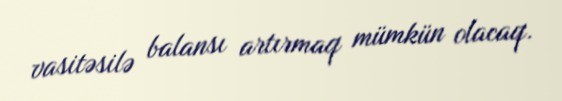
vasitəsilə balansı artırmaq mümkün olacaq.